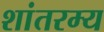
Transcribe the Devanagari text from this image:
शांतरम्य